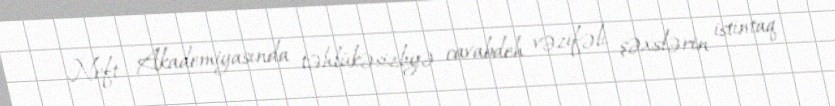
Neft Akademiyasında təhlükəsizliyə cavabdeh vəzifəli şəxslərin istintaq